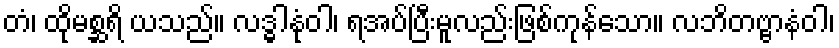
တံ၊ ထိုမစ္ဆရိ ယသည်။ လဒ္ဓါနုံဝါ၊ ရအပ်ပြီးမူလည်းဖြစ်ကုန်သော။ လဘိတဗ္ဗာနံဝါ၊